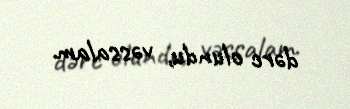
dərc olundu, vəssalam.